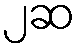
၂ဆ